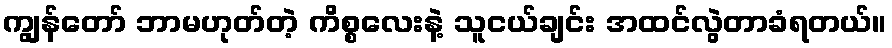
ကျွန်တော် ဘာမဟုတ်တဲ့ ကိစ္စလေးနဲ့ သူငယ်ချင်း အထင်လွဲတာခံရတယ်။